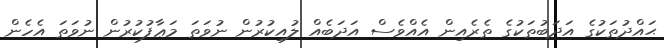
ޙައްދުތަކުގެ އަދަބުތަކުގެ ތެރެއިން އެއްވެސް އަދަބެއް ލުއިކުރުން ނުވަތަ މަޢާފުކުރުން ނުވަތަ އެހެން